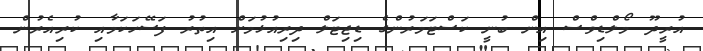
އުރީދޫ މޯލްޑިވްސް އިން ބުނީ ކަސްޓަމަރުންގެ ޑިޖިޓަލް ދިރިއުޅުމަށް އިތުރު ފަސޭހަކަމާއި ކުރިއެރުން